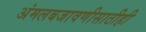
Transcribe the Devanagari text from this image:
अंमलबजावणीसाठीही